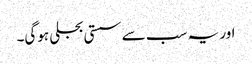
اور یہ سب سے سستی بجلی ہوگی۔